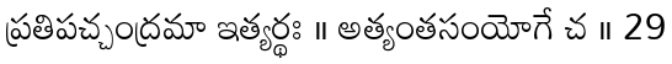
ప్రతిపచ్చంద్రమా ఇత్యర్థః ॥ అత్యంతసంయోగే చ ॥ 29